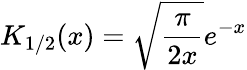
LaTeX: K_{1/2}(x)=\sqrt{\frac{\pi}{2x}}e^{-x}